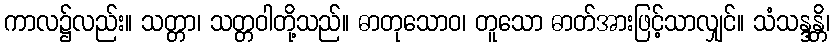
ကာလ၌လည်း။ သတ္တာ၊ သတ္တဝါတို့သည်။ ဓာတုသောဝ၊ တူသော ဓာတ်အားဖြင့်သာလျှင်။ သံသန္ဒန္တိ၊